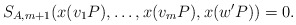
\begin{align*}S_{A,m+1}(x(v_1P),\ldots,x(v_{m}P),x(w'P))=0. \end{align*}